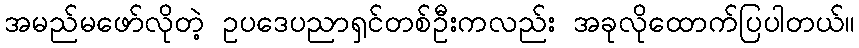
အမည်မဖော်လိုတဲ့ ဥပဒေပညာရှင်တစ်ဦးကလည်း အခုလိုထောက်ပြပါတယ်။